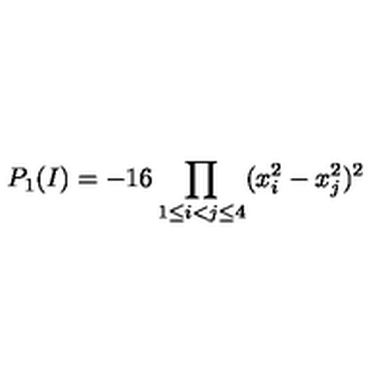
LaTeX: P _ { 1 } ( I ) = - 1 6 \prod _ { 1 \le i < j \le 4 } ( x _ { i } ^ { 2 } - x _ { j } ^ { 2 } ) ^ { 2 }